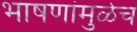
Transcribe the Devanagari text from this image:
भाषणांमुळेच